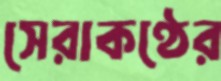
সেরাকণ্ঠের